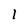
Character: I